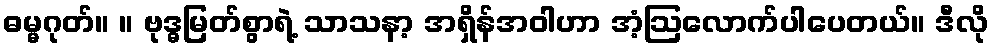
ဓမ္မဂုတ်။ ။ ဗုဒ္ဓမြတ်စွာရဲ့ သာသနာ့ အရှိန်အဝါဟာ အံ့ဩလောက်ပါပေတယ်။ ဒီလို